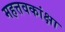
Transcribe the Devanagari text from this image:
महत्तवकांक्षा